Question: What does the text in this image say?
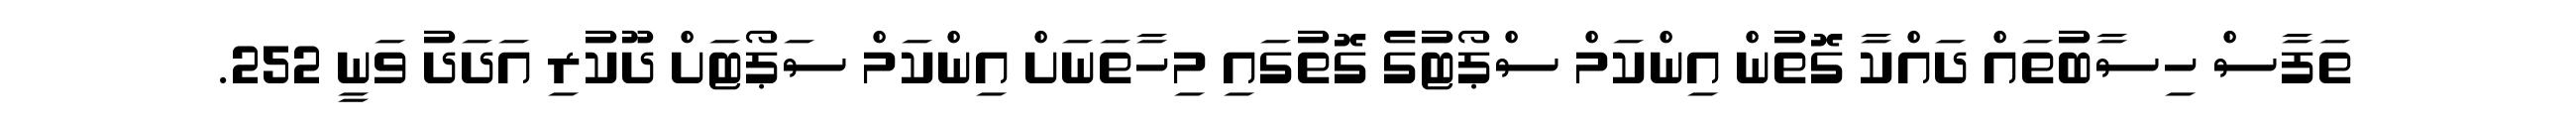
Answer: ތަފާސް ހިސާބުތައް ދައްކާ ގޮތުން އިންކަމް ސްޕޯޓުގެ ގޮތުގައި މިހާތަނަށް އިންކަމް ސަޕޯޓަށް ދޫކުރި އަދަދު ވަނީ 252.